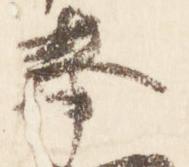
奉